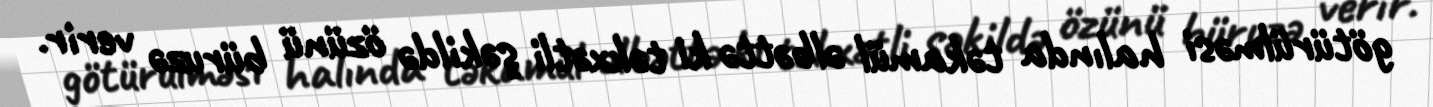
götürülməsi halında təkamül əlbəttə ki təkxətli şəkildə özünü büruzə verir.